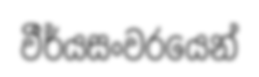
වීර්යසංවරයෙන්